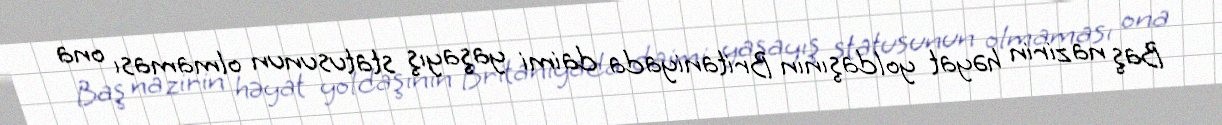
Baş nazirin həyat yoldaşının Britaniyada daimi yaşayış statusunun olmaması ona